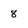
Character: 8